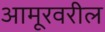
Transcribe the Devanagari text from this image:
आमूरवरील